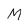
Character: M